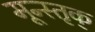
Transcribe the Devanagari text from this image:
मून्स्तृक्